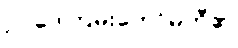
ဥပဒေကြမ်းကော်မတီ၏